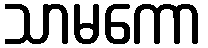
သာမကော